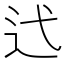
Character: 𫐟